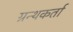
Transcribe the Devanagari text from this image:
ग्रन्थकर्ता